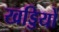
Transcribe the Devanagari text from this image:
खड्डियों